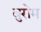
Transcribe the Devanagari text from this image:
बुरोम